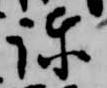
諫